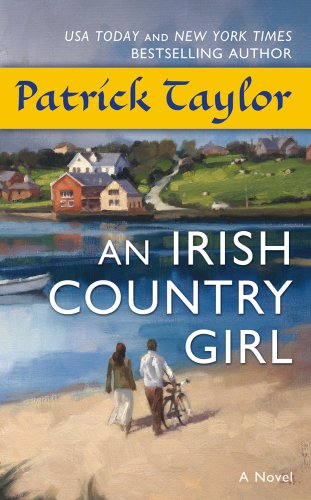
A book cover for An Irish Country Girl: A Novel (Irish Country Books); Patrick Taylor; Mystery, Thriller & Suspense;